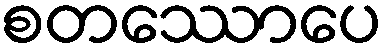
စတဿောပေ